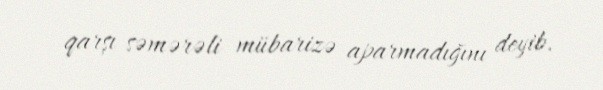
qarşı səmərəli mübarizə aparmadığını deyib.